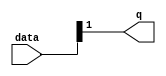
module  fp_add_v1_altpriority_encoder_3v7
	( 
	data,
	q) ;
	input   [1:0]  data;
	output   [0:0]  q;
	assign
		q = {data[1]};
endmodule